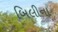
બિલીના